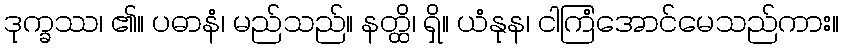
ဒုက္ခဿ၊ ၏။ ပဓာနံ၊ မည်သည်။ နတ္ထိ၊ ရှိ။ ယံနုန၊ ငါကြံအောင်မေသည်ကား။